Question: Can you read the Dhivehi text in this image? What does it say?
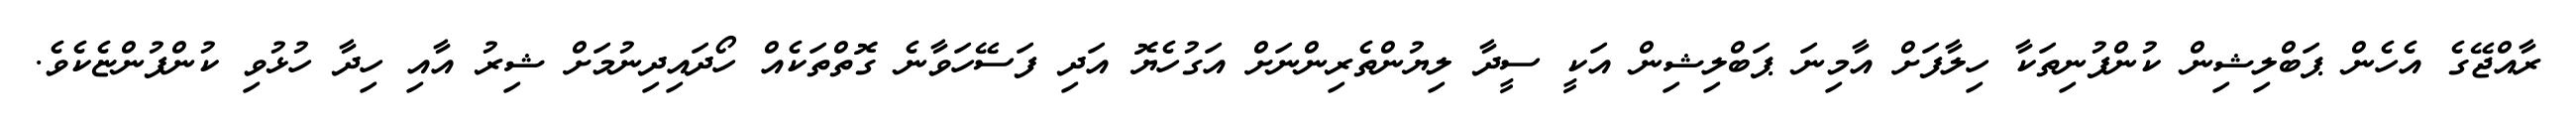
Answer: ރާއްޖޭގެ އެހެން ޕަބްލިޝިން ކުންފުނިތަކާ ހިލާފަށް އާމިނަ ޕަބްލިޝިން އަކީ ސީދާ ލިޔުންތެރިންނަށް އަގުހެޔޮ އަދި ފަސޭހަވާނެ ގޮތްތަކެއް ހޯދައިދިނުމަށް ޝިރު އާއި ހިދާ ހުޅުވި ކުންފުންޏެކެވެ.